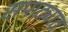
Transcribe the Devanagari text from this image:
सपाट्यात